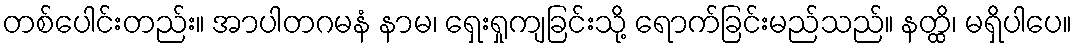
တစ်ပေါင်းတည်း။ အာပါတဂမနံ နာမ၊ ရှေးရှုကျခြင်းသို့ ရောက်ခြင်းမည်သည်။ နတ္ထိ၊ မရှိပါပေ။